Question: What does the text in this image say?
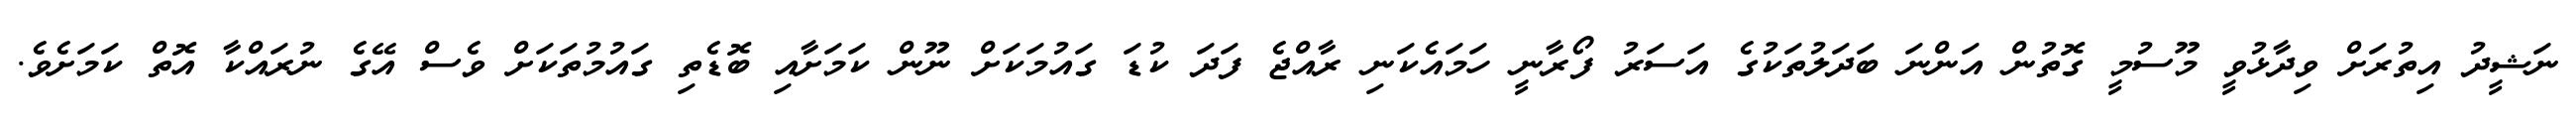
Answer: ނަޝީދު އިތުރަށް ވިދާޅުވީ މޫސުމީ ގޮތުން އަންނަ ބަދަލުތަކުގެ އަސަރު ފޯރާނީ ހަމައެކަނި ރާއްޖެ ފަދަ ކުޑަ ގައުމަކަށް ނޫން ކަމަށާއި ބޮޑެތި ގައުމުތަކަށް ވެސް އޭގެ ނުރައްކާ އޮތް ކަމަށެވެ.